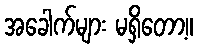
အခေါက်များ မရှိတော့။